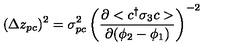
( \Delta z _ { p c } ) ^ { 2 } = \sigma _ { p c } ^ { 2 } \left( \frac { \partial < c ^ { \dag } \sigma _ { 3 } c > } { \partial ( \phi _ { 2 } - \phi _ { 1 } ) } \right) ^ { - 2 }